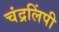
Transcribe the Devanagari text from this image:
चंद्रलिंपी